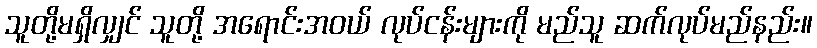
သူတို့မရှိလျှင် သူတို့ အရောင်းအဝယ် လုပ်ငန်းများကို မည်သူ ဆက်လုပ်မည်နည်း။